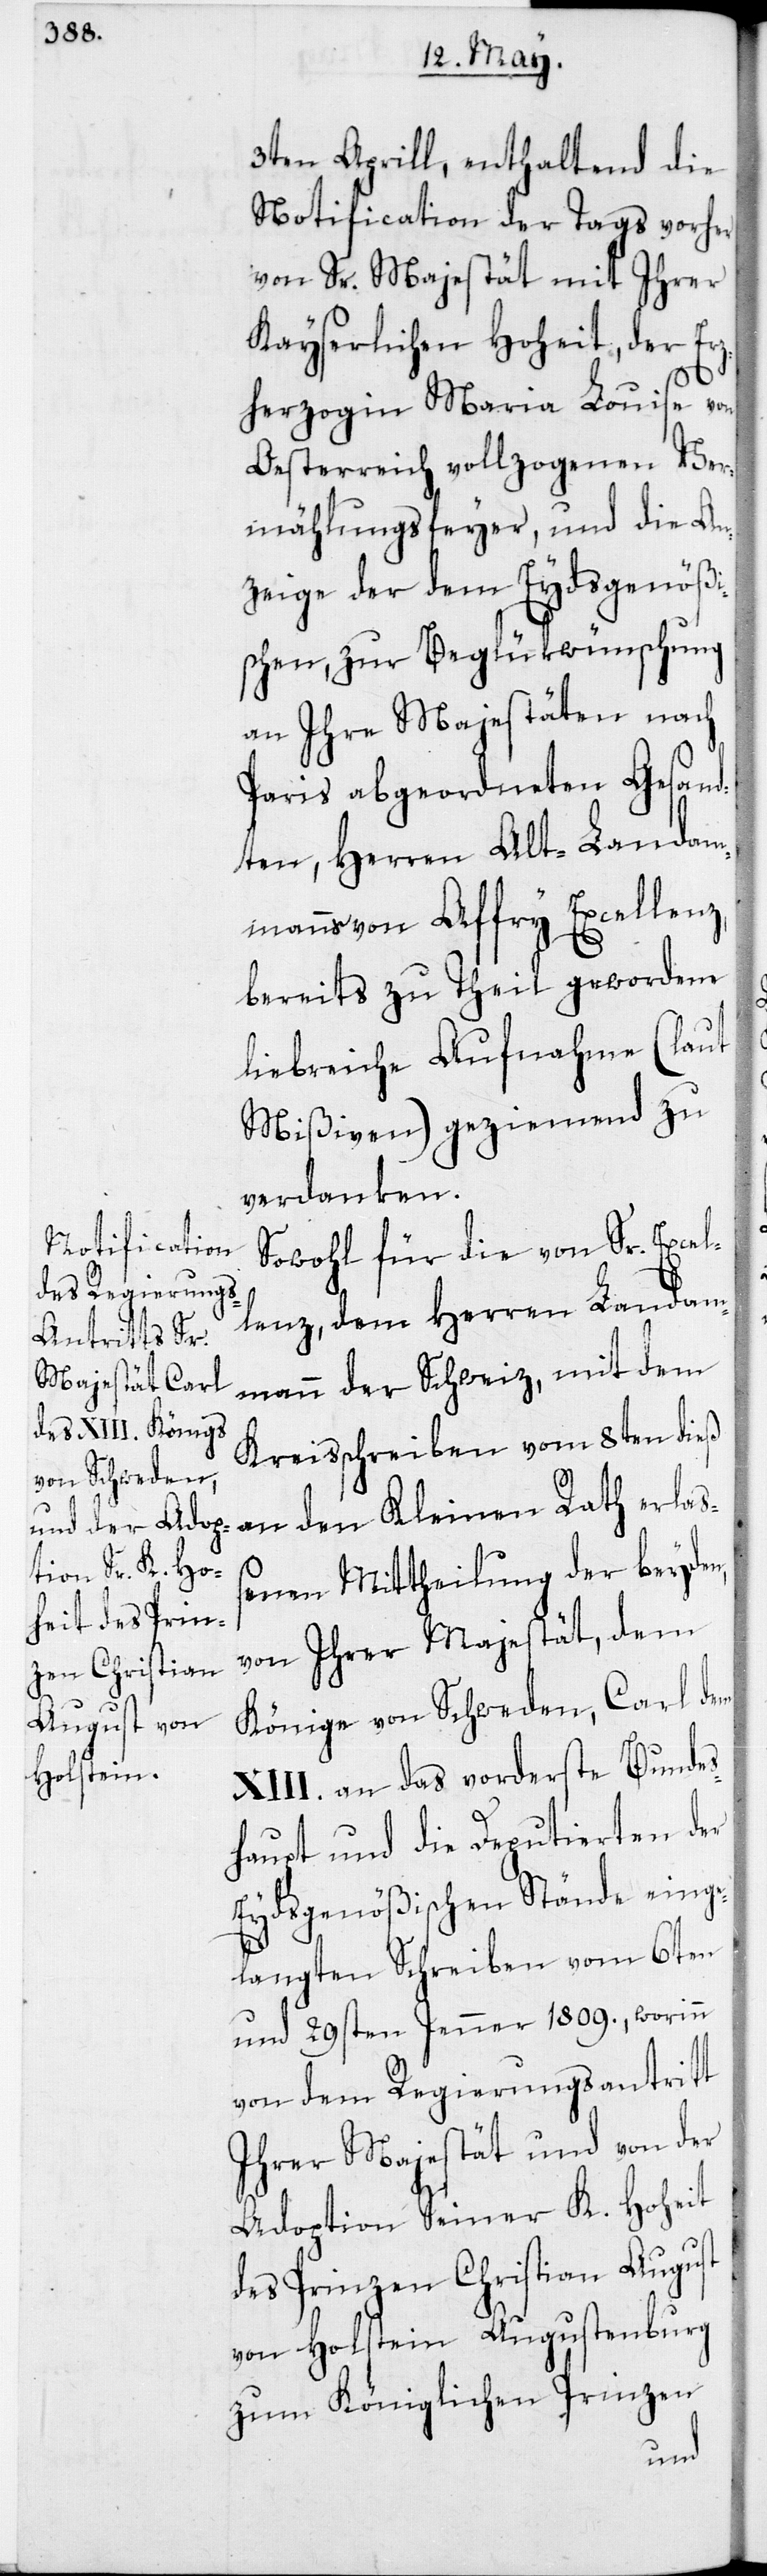
3ten Aprill, enthaltend die
Notification der Tags vorher
von Sr. Majestät mit ihrer
Kayserlichen Hoheit, der Erz¬
herzogin Maria Louise von
Oesterreich vollzogenen Ver¬
mählungsfeyer, und die An¬
zeige der dem Eydsgenößi¬
schen, zur Beglükwünschung
an Ihre Majestäten nach
Paris abgeordneten Gesand¬
ten, Herren Alt-Landam¬
manns von Affry Excellenz,
bereits zu Theil gewordene
liebreiche Aufnahme (laut
Mißiven) geziemend zu
verdanken.
Sowohl für die von Sr. Excel¬
lenz dem Herren Landam¬
mann der Schweiz, mit dem
Kreisschreiben vom 8ten dieß
ßenen Mittheilung der beyden,
von Ihrer Majestät dem
Könige von Schweden, Carl dem
XIII. an das vorderste Bundes¬
haupt und die Deputierten der
Eydsgenößischen Stände einge¬
langten Schreiben vom 6ten
und 29sten Jenner 1809., worinn
von dem Regierungsantritt
Ihrer Majestät und von der
Adoption Seiner K. Hoheit
der Prinzen Chistian August
von Holstein Augustenburg
zum Königlichen Prinzen
erla¬